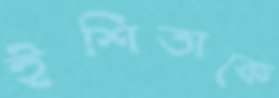
ইশিতাকে